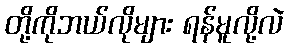
တို့ကိုဘယ်လိုများ ရန်မူလို့လဲ